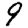
Digit: 9